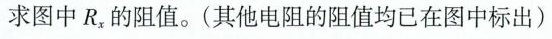
求图中R_{x}的阻值。(其他电阻的阻值均已在图中标出)